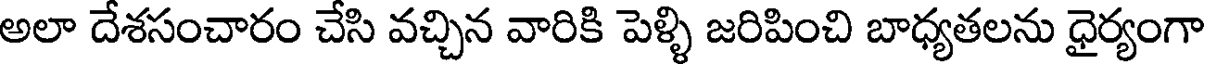
అలా దేశసంచారం చేసి వచ్చిన వారికి పెళ్ళి జరిపించి బాధ్యతలను ధైర్యంగా